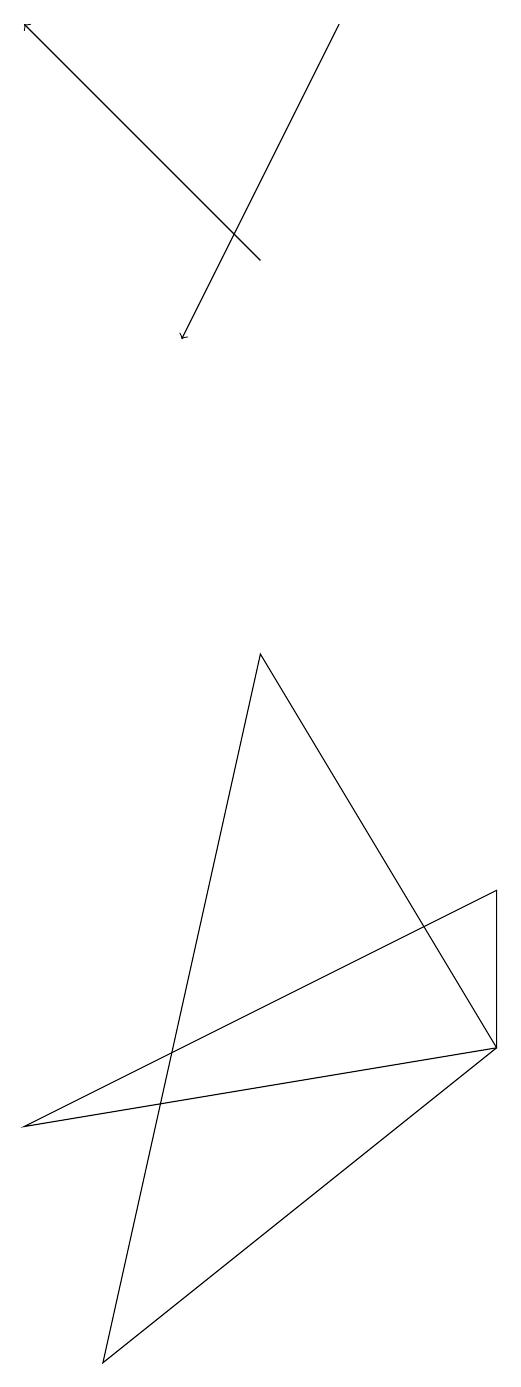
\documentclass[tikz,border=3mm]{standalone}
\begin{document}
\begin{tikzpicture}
\draw (5,9) -- (3,0) -- (8,4) -- cycle;
\draw (2,3) -- (8,6) -- (8,4) -- cycle;
\draw[->] (6,17) -- (4,13);
\draw[->] (5,14) -- (2,17);
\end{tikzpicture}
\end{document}